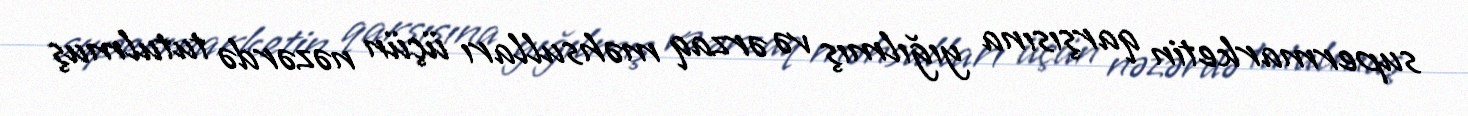
supermarketin qarşısına yığılmış və ərzaq məhsulları üçün nəzərdə tutulmuş